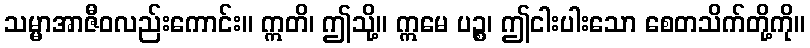
သမ္မာအာဇီဝလည်းကောင်း။ ဣတိ၊ ဤသို့။ ဣမေ ပဉ္စ၊ ဤငါးပါးသော စေတသိက်တို့ကို။